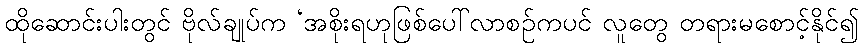
ထိုဆောင်းပါးတွင် ဗိုလ်ချုပ်က ‘အစိုးရဟုဖြစ်ပေါ်လာစဉ်ကပင် လူတွေ တရားမစောင့်နိုင်၍